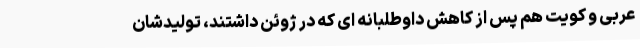
عربی و کویت هم پس از کاهش داوطلبانه ای که در ژوئن داشتند، تولیدشان